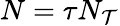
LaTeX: N=\tau N_{\mathcal{T}}